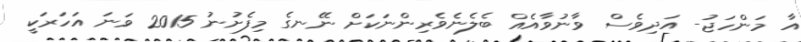
އާ މަންހަޖު- އަދިވެސް ވާނުވާއެއް ބެލެނެވެރިންނަކަށް ނޭނގެ މިފެށުނު 2015 ވަނަ އަހަރަކީ